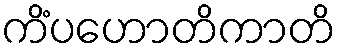
ကိံပဟောတိကာတိ